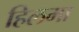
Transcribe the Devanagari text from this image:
हिलमा